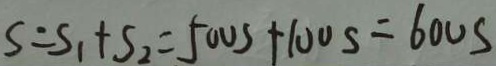
S = S _ { 1 } + S _ { 2 } = 5 0 0 s + 1 0 0 s = 6 0 0 s